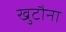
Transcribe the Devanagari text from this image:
खुटौना